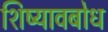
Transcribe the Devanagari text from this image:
शिष्यावबोध